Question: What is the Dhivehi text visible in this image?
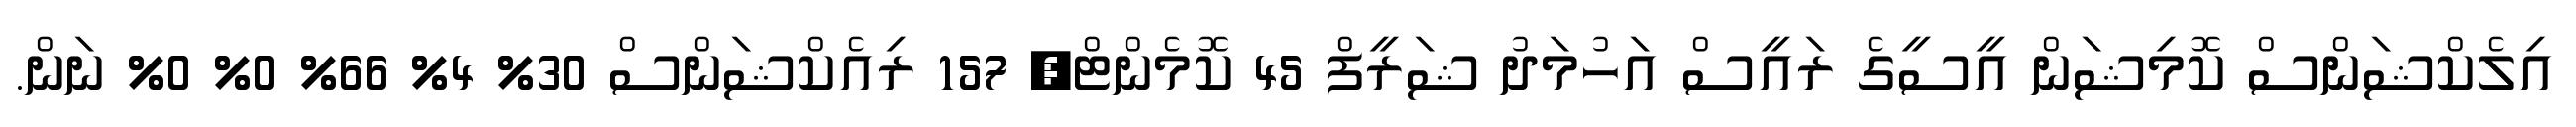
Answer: އިލެކްޝަންސް ކޮމިޝަން އީސީގެ ރައީސް އަހުމަދު ޝަރީފް 45 ކޮމެންޓް, 157 ރިއެކްޝަންސް 30% 4% 66% 0% 0% ނަން.